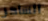
الساحر